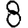
Digit: 8